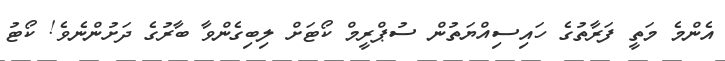
އެންމެ މަތީ ފަރާތުގެ ހައިސިއްޔަތުން ސުޕްރީމް ކޯޓަށް ލިބިގެންވާ ބާރުގެ ދަށުންނެވެ! ކޯޓު